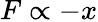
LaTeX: F\propto-x